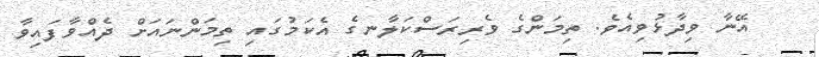
އޭނާ ވިދާޅުވިއެވެ. ތިމަންގެ ވެރިރަސްކަލާނގެ އެކަމުގައި ތިމަންނައަށް ދެއްވާފައިވާ